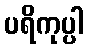
ပရိကုပ္ပါ